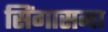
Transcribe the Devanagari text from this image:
सिंगासना